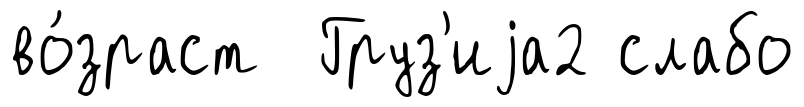
во́зраст Груз'иjа2 слабо